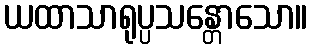
ယထာသာရုပ္ပသန္တောသော။